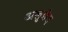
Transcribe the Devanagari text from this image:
अलुछेद